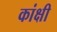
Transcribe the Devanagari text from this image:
कांक्षी